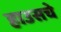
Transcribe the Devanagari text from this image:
हाउसचे